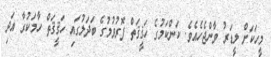
މީހަކަށް ލީޑަރު ވާންޖެހެއެވެ. ކަންކަމުގެ ހަޤީޤަތް ފޮރުވުމުގެ ބަދަލުގައި ހަޤީޤަތް ހާމަކުރާ އަދި